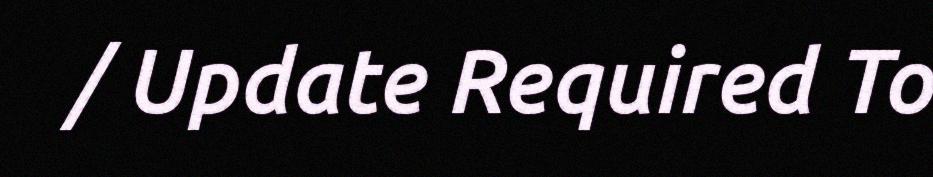
/ Update Required To